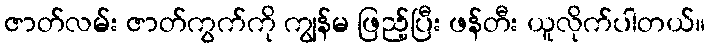
ဇာတ်လမ်း ဇာတ်ကွက်ကို ကျွန်မ ဖြည့်ပြီး ဖန်တီး ယူလိုက်ပါတယ်။